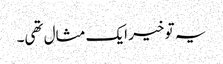
یہ تو خیر ایک مثال تھی۔